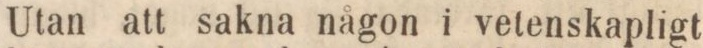
Utan att sakna någon i vetenskapligt